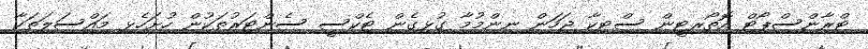
ޓްރާންސްޕޯޓް އޮތޯރިޓީން ސްޓިކާ ޖަހަން ނިންމުމާ ގުޅިގެން ޓެކްސީ ސެންޓަރުތަކުން ހުށަހެޅި މައްސަލަތަކާ